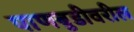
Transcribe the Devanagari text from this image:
पाणबुडीवरील